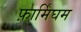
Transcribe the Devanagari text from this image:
फ़ार्मिंघम